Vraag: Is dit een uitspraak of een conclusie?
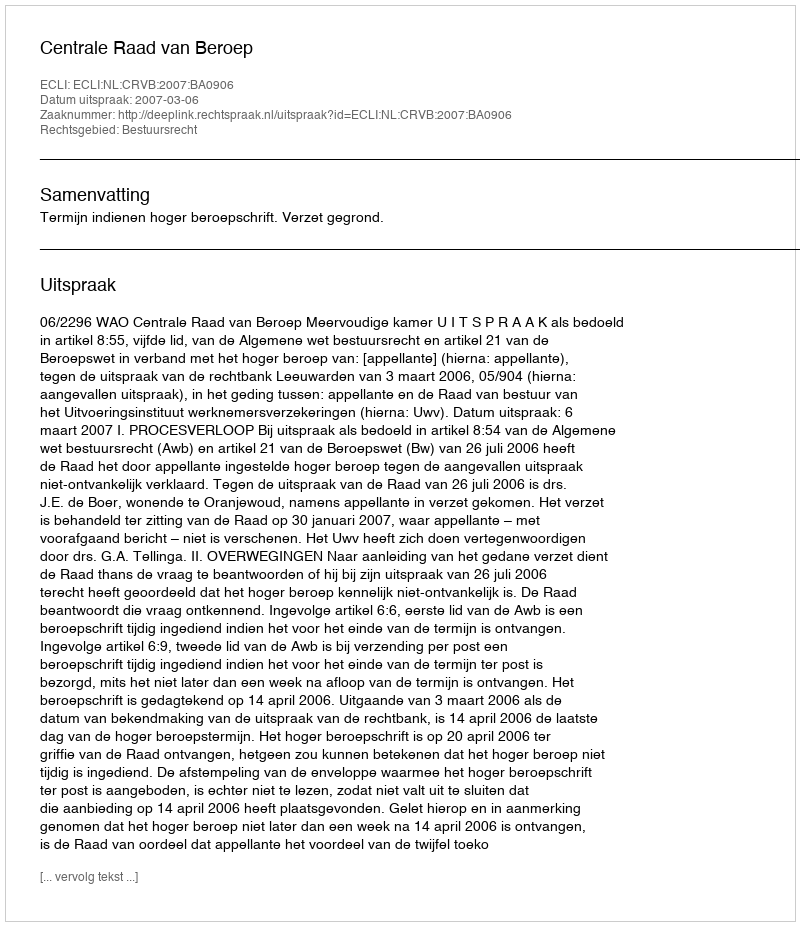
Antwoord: Uitspraak